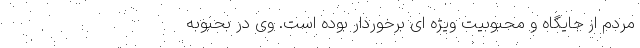
مردم از جایگاه و محبوبیت ویژه ای برخوردار بوده است. وی در بحبوبه